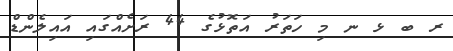
ރ ބ ޅ ނ މި ހަތަރު އަތޮޅުގެ 44 ރަށެއްގައި އައިލެންޑް